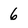
Character: 6